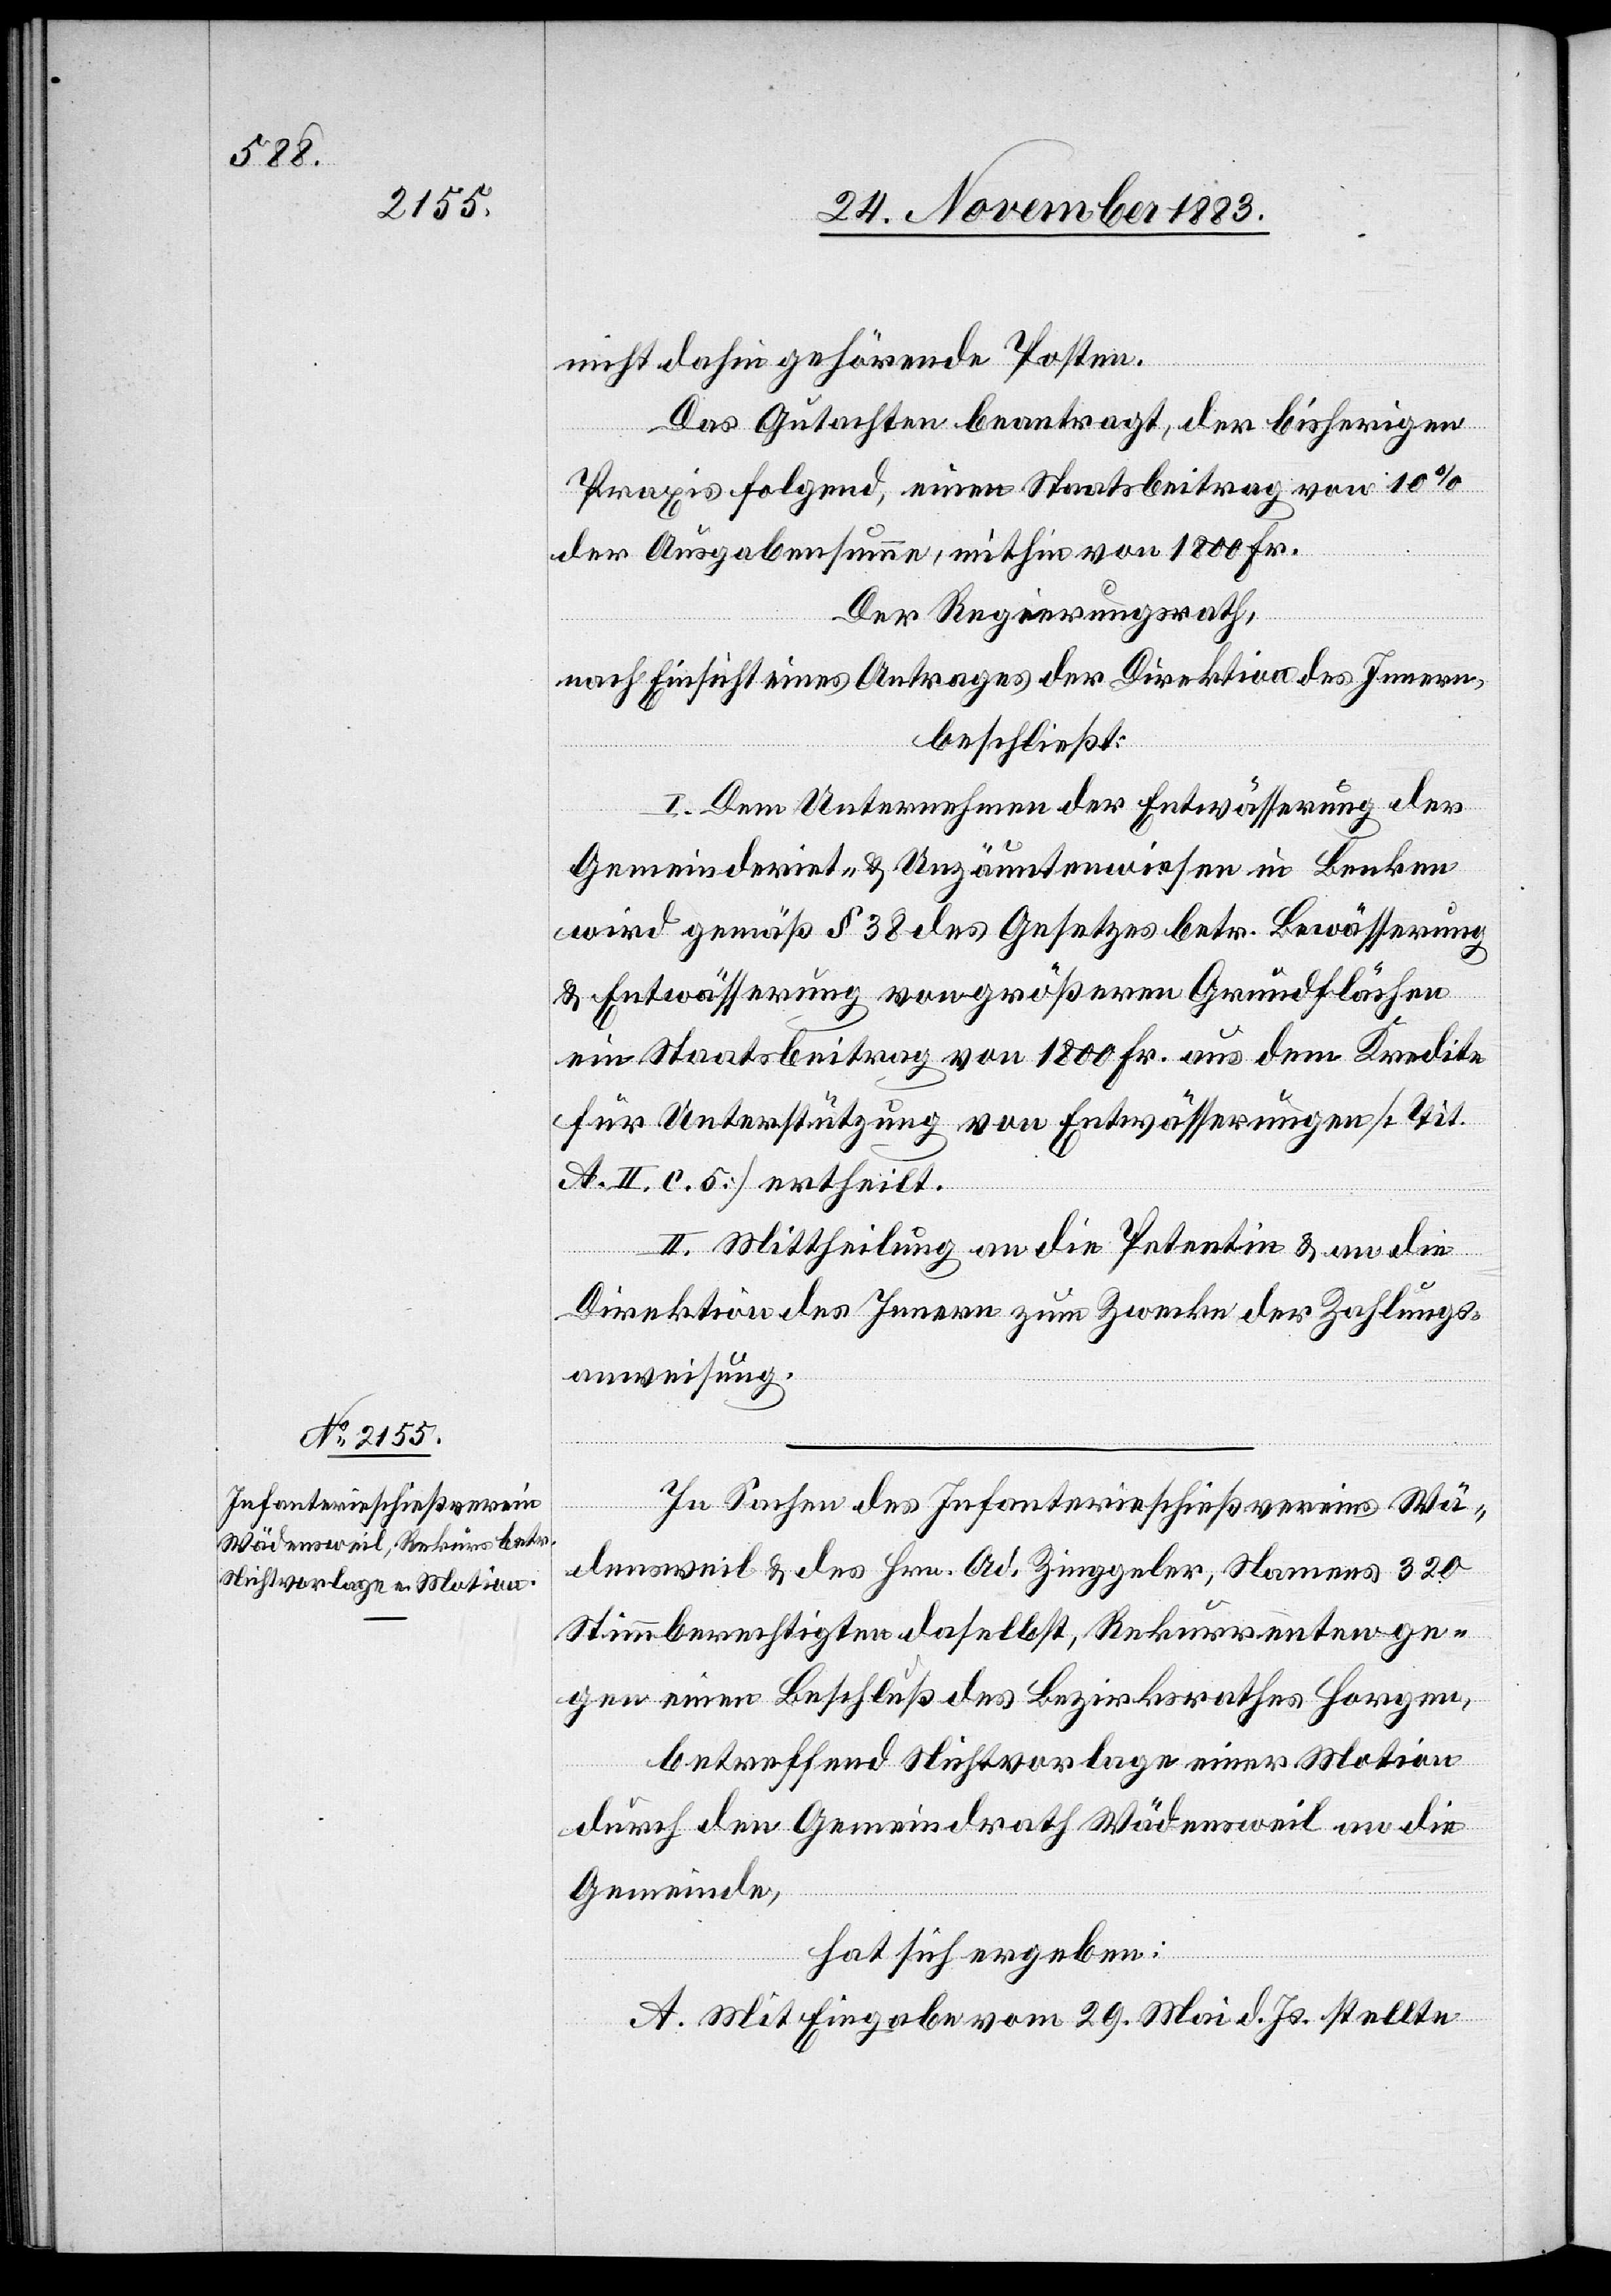
nicht dahin gehörende Posten.
Das Gutachten beantragt, der bisherigen
Praxis folgend, einen Staatsbeitrag von 10%
der Ausgabensumme, mithin von 1800 Fr.
Der Regierungsrath,
nach Einsicht eines Antrages der Direktion des Innern,
beschließt:
I. Dem Unternehmen der Entwässerung der
Gemeindriet- & Unzäuntenwiesen [sic!] in Benken
wird gemäß § 38 des Gesetzes betr. Bewässerung
& Entwässerung von größeren Grundflächen
ein Staatsbeitrag von 1800 Fr. aus dem Kredite
für Unterstützung von Entwässerungen [Tit.
A. II. c. 5] ertheilt.
II. Mittheilung an die Petentin & an die
Direktion des Innern zum Zwecke der Zahlungs¬
anweisung.